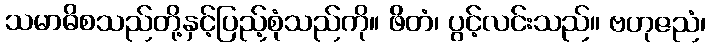
သမာဓိစသည်တို့နှင့်ပြည့်စုံသည်ကို။ ဖိတံ၊ ပွင့်လင်းသည်။ ဗဟုဇညံ၊